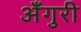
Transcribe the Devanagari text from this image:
अँगुरी